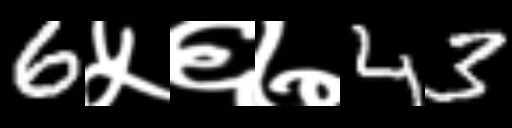
Text: 6५६७43